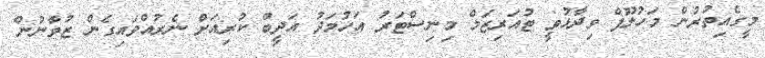
މީގެއިތުރުން މަހުލޫފް ވިދާޅުވީ ޓުއަރިޒަމް މިނިސްޓަރު އަހުމަދު އަދީބް ކުރިއަށް ނެރުއްވައިގެން ޒުވާނުން